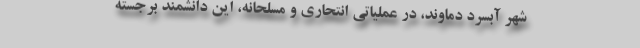
شهر آبسرد دماوند، در عملیاتی انتحاری و مسلحانه، این دانشمند برجسته